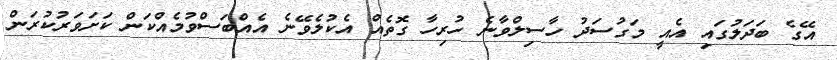
އޭގެ ބަދަލުގައި އެއީ މަގުސަދު ހާސިލްވާނެ ހުރިހާ ގޮތެއް އެކުލެވޭނެ އެއްބަސްވުމެއްކަން ކަށަވަރުކުރަން